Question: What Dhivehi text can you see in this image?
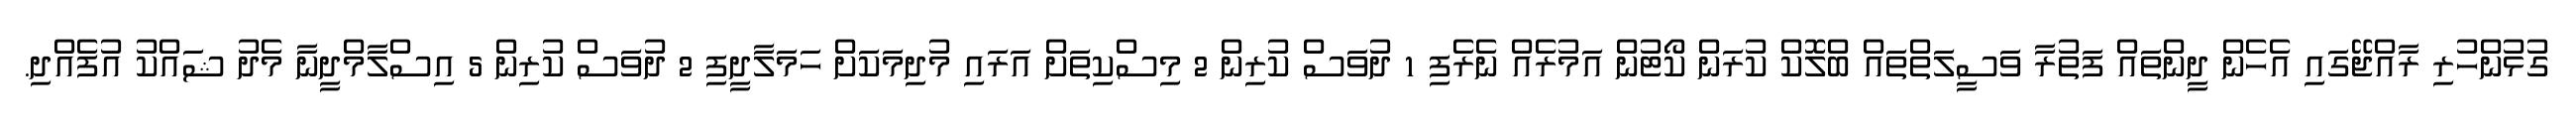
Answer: ގުޅުންހުރި ރާއްޖޭގައި އެހެން ދީންތައް ފަތުރާ ވަސީލަތްތައް ބްލޮކް ކުރަން ކޯޓުން އަމުރެއް ނެރެފި 1 ދުވަސް ކުރިން 2 މިސްކިތަށް އަރައި މުދިމަކަށް ހަމަލާދީފި 2 ދުވަސް ކުރިން 5 އިސްލާމްދީނާ މެދު ޝައްކު އުފެއްދި.